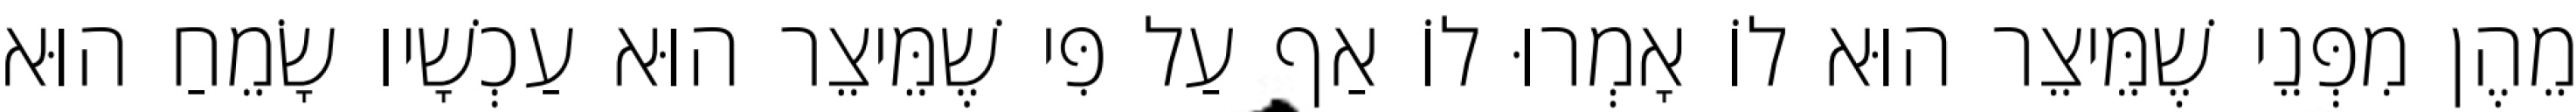
מֵהֶן מִפְּנֵי שֶׁמֵּיצֵר הוּא לוֹ אָמְרוּ לוֹ אַף עַל פִּי שֶׁמֵּיצֵר הוּא עַכְשָׁיו שָׂמֵחַ הוּא